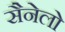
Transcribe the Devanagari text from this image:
सैनेलो